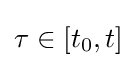
\tau \in [t_{0},t]